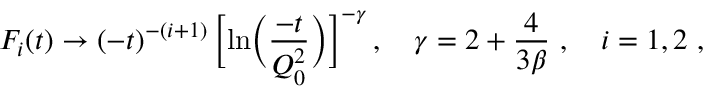
F _ { i } ( t ) \to ( - t ) ^ { - ( i + 1 ) } \, \biggl [ \ln \biggl ( \frac { - t } { Q _ { 0 } ^ { 2 } } \biggr ) \biggr ] ^ { - \gamma } \, , \quad \gamma = 2 + \frac { 4 } { 3 \beta } \, \, , \quad i = 1 , 2 \, \, ,